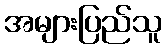
အများပြည်သူ